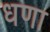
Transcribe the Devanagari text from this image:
धणा